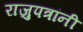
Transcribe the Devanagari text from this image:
राजुपत्रांनी